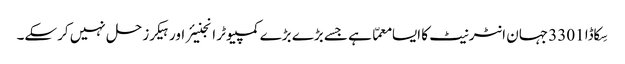
سِکاڈا 3301 جہان انٹرنیٹ کا ایسا معمّا ہے جسے بڑے بڑے کمپیوٹر انجنیئر اور ہیکرز حل نہیں کرسکے۔